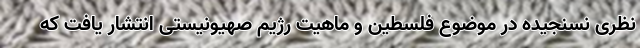
نظری نسنجیده در موضوع فلسطین و ماهیت رژیم صهیونیستی انتشار یافت که